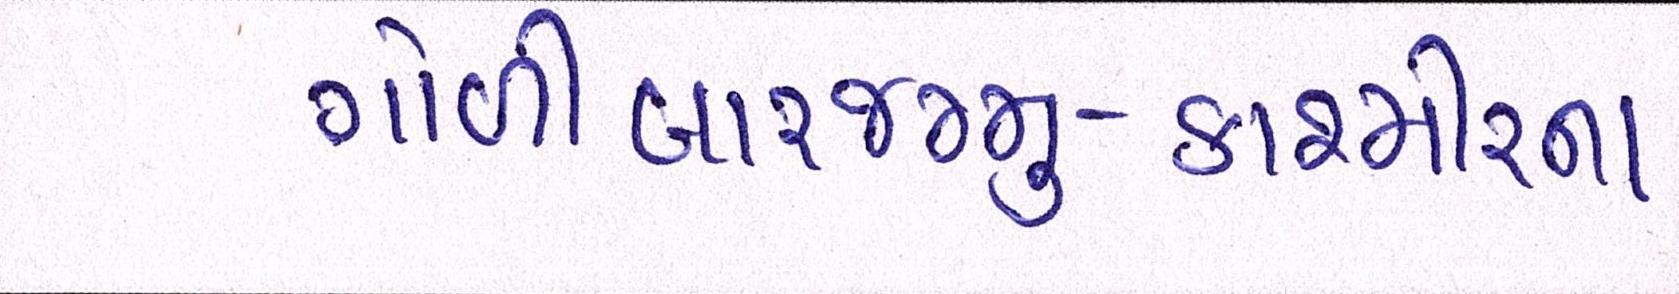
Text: ગોળીબારજમ્મુ-કાશ્મીરના